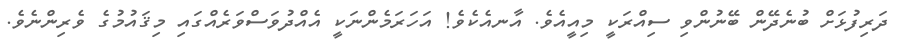
ދަރިފުޅަށް ބުނެދޭން ބޭނުންވި ސިއްރަކީ މިއީއެވެ. އާނއެކެވެ! އަހަރަމެންނަކީ އެއްދުވަސްވަރެއްގައި މިޤައުމުގެ ވެރިންނެވެ.